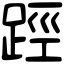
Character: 踁